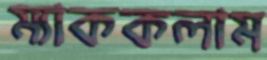
ম্যাককলাম